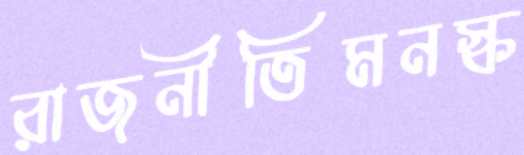
রাজনীতিমনস্ক